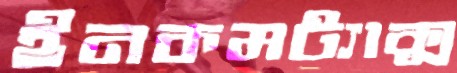
ইনকমট্যাক্স